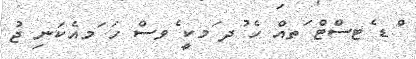
ްޑ ެޓސްޓް ަތއް ހެ ުދ ަމކީ ެވސް ހަ ަމއެކަނި ޖު